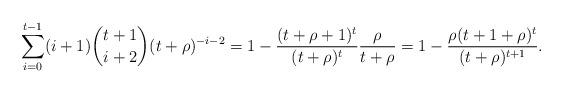
LaTeX: \begin{align*} \sum_{i=0}^{t-1} (i+1) \binom{t+1}{i+2} (t+\rho)^{-i-2} = 1 - \frac{(t+\rho+1)^t}{(t+\rho)^t} \frac{\rho}{t+\rho} = 1 - \frac{\rho(t+1+\rho)^t}{(t+\rho)^{t+1}}.\end{align*}